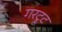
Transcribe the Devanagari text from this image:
गरट्रूट